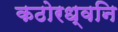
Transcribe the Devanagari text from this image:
कठोरध्वनि